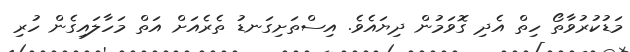
މަޑުކުރުވާތޯ ހިތް އެދި ގޮވަމުން ދިޔައެވެ. އިސްތަށިގަނޑު ތެރެއަށް އަތް މަހާލައިގެން ހުރި